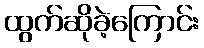
ထွက်ဆိုခဲ့ကြောင်း